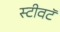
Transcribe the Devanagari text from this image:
स्टीवटॅ